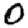
Digit: 0